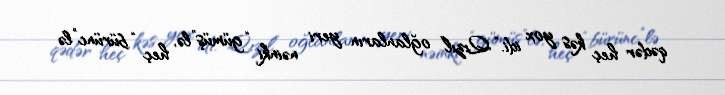
qədər heç kəs yox idi. “Qızıl” oğlanların yeri nəinki “gümüş”lə, heç “bürünc”lə